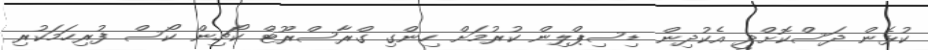
ކުޅެން ދަސްކޮށްދީ އެކުދިން ޑިސިޕްލިން ކުރުމަށް ހިންގި ގްރާސްރޫޓް ކޯޗިން ކޯސް ފުރިހަމަކުރި